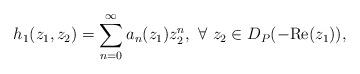
LaTeX: \begin{align*}h_1(z_1,z_2)=\sum_{n=0}^\infty a_n(z_1)z_2^n, ~\forall ~ z_2\in D_P(-\mathrm{Re}(z_1)),\end{align*}